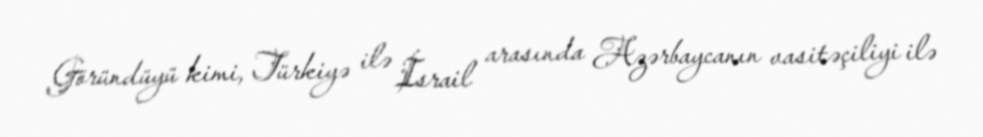
Göründüyü kimi, Türkiyə ilə İsrail arasında Azərbaycanın vasitəçiliyi ilə